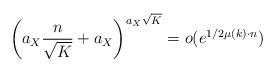
LaTeX: \begin{align*} \left ( a_X \frac{n}{\sqrt K} + a_X \right)^{a_X \sqrt K} = o(e^{1/2 \mu(k) \cdot n})\end{align*}